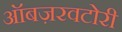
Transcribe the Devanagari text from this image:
ऑबज़रवटोरी